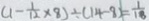
( 1 - \frac { 1 } { 1 2 } \times 8 ) \div ( 1 4 - 8 ) = \frac { 1 } { 1 8 }